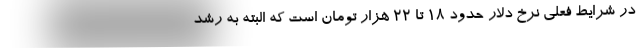
در شرایط فعلی نرخ دلار حدود ۱۸ تا ۲۲ هزار تومان است که البته به رشد